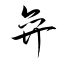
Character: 弈